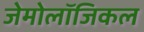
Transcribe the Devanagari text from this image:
जेमोलॉजिकल